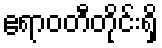
ဧရာဝတီတိုင်းရှိ